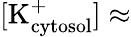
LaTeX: [\textrm{K}_{\textrm{cytosol}}^{+}]\approx